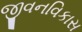
જીવનવિકાસ